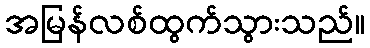
အမြန်လစ်ထွက်သွားသည်။